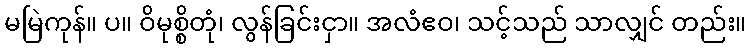
မမြဲကုန်။ ပ။ ဝိမုစ္စိတုံ၊ လွန်ခြင်းငှာ။ အလံဧဝ၊ သင့်သည် သာလျှင် တည်း။